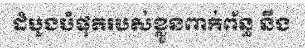
ដំបូងបំផុតរបស់ខ្លួនពាក់ព័ន្ធ នឹង